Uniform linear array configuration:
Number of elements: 4
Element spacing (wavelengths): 0.25
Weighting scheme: blackman
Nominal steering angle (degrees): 60
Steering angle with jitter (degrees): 61.523
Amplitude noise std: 0.05
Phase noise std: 0.05

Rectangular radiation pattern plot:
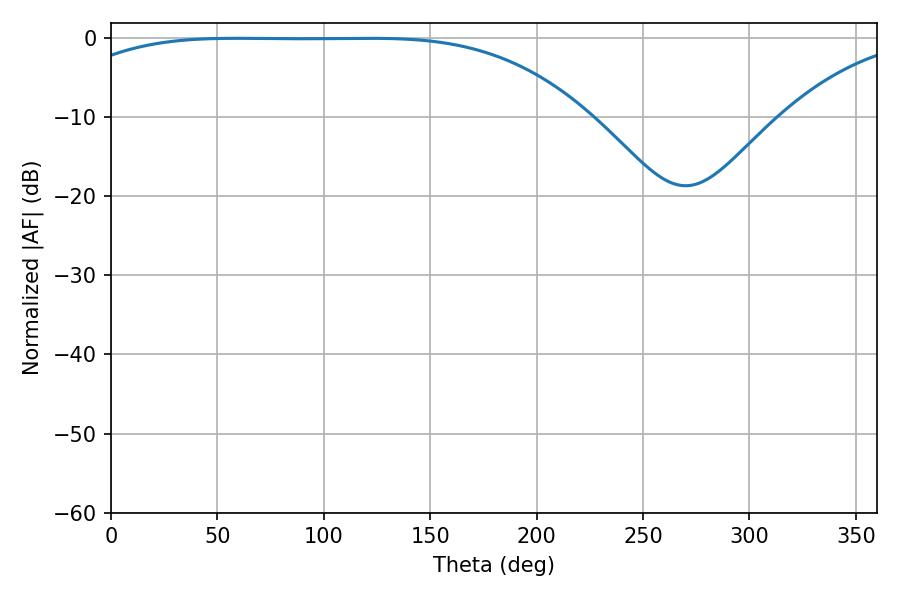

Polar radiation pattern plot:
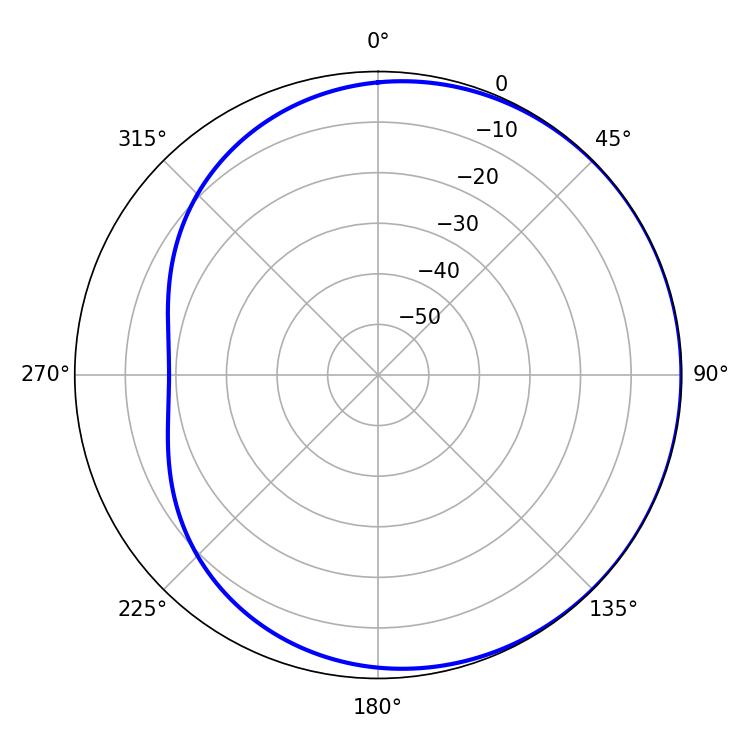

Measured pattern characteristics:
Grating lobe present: FALSE
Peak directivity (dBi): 0.6182
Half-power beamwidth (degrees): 188.1
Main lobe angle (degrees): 59.22